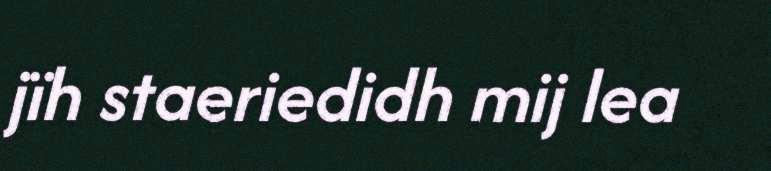
jïh staeriedidh mij lea